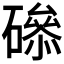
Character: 𥕺